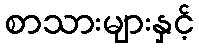
စာသားများနှင့်